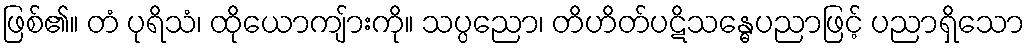
ဖြစ်၏။ တံ ပုရိသံ၊ ထိုယောကျ်ားကို။ သပ္ပညော၊ တိဟိတ်ပဋိသန္ဓေပညာဖြင့် ပညာရှိသော